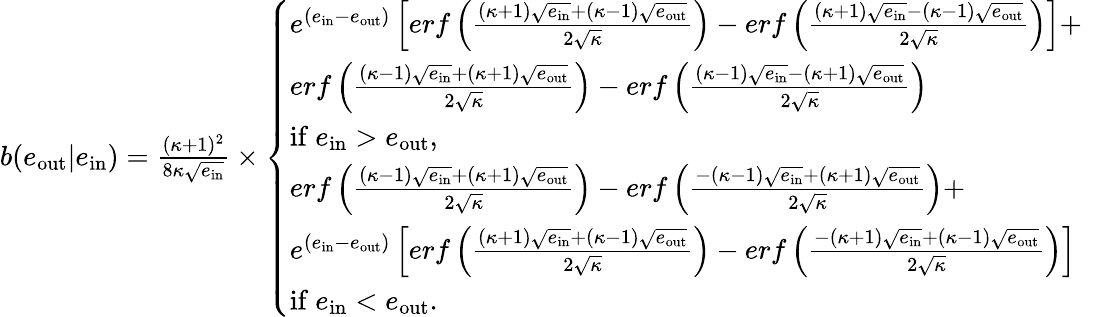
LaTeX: \begin{array}{r}{b(e_{\mathrm{out}}|e_{\mathrm{in}})=\frac{(\kappa+1)^{2}}{8\kappa\sqrt{e_{\mathrm{in}}}}\times\left\{ \begin{array}{ll}{e^{(e_{\mathrm{in}}-e_{\mathrm{out}})}\left[erf\left(\frac{(\kappa+1)\sqrt{e_{\mathrm{in}}}+(\kappa-1)\sqrt{e_{\mathrm{out}}}}{2\sqrt{\kappa}}\right)-erf\left(\frac{(\kappa+1)\sqrt{e_{\mathrm{in}}}-(\kappa-1)\sqrt{e_{\mathrm{out}}}}{2\sqrt{\kappa}}\right)\right]+}&\\ {erf\left(\frac{(\kappa-1)\sqrt{e_{\mathrm{in}}}+(\kappa+1)\sqrt{e_{\mathrm{out}}}}{2\sqrt{\kappa}}\right)-erf\left(\frac{(\kappa-1)\sqrt{e_{\mathrm{in}}}-(\kappa+1)\sqrt{e_{\mathrm{out}}}}{2\sqrt{\kappa}}\right)}&\\ {\mathrm{if~}e_{\mathrm{in}}>e_{\mathrm{out}},}&\\ {erf\left(\frac{(\kappa-1)\sqrt{e_{\mathrm{in}}}+(\kappa+1)\sqrt{e_{\mathrm{out}}}}{2\sqrt{\kappa}}\right)-erf\left(\frac{-(\kappa-1)\sqrt{e_{\mathrm{in}}}+(\kappa+1)\sqrt{e_{\mathrm{out}}}}{2\sqrt{\kappa}}\right)+}&\\ {e^{(e_{\mathrm{in}}-e_{\mathrm{out}})}\left[erf\left(\frac{(\kappa+1)\sqrt{e_{\mathrm{in}}}+(\kappa-1)\sqrt{e_{\mathrm{out}}}}{2\sqrt{\kappa}}\right)-erf\left(\frac{-(\kappa+1)\sqrt{e_{\mathrm{in}}}+(\kappa-1)\sqrt{e_{\mathrm{out}}}}{2\sqrt{\kappa}}\right)\right]}&\\ {\mathrm{if~}e_{\mathrm{in}}<e_{\mathrm{out}}.}&\end{array}\right.}\end{array}